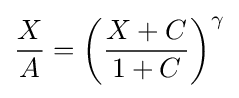
{\frac {X}{A}}=\left({\frac {X+C}{1+C}}\right)^{\gamma }